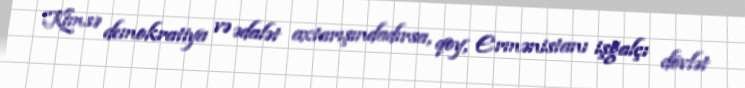
Kimsə demokratiya və ədalət axtarışındadırsa, qoy, Ermənistanı işğalçı dövlət